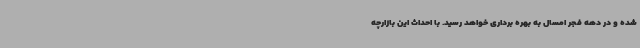
شده و در دهه فجر امسال به بهره برداری خواهد رسید. با احداث این بازارچه